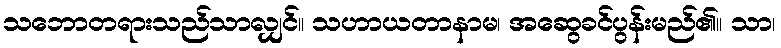
သဘောတရားသည်သာလျှင်။ သဟာယတာနာမ၊ အဆွေခင်ပွန်းမည်၏။ သာ၊